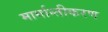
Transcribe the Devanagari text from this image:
मार्गान्तीकरण